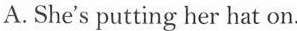
A. She's putting her hat on.